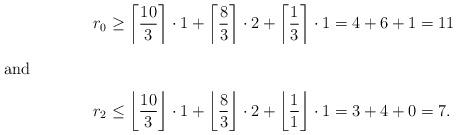
LaTeX: \begin{align*}r_0 &\ge \left\lceil\frac {10} {3}\right\rceil \cdot 1 + \left\lceil\frac {8} {3}\right\rceil \cdot 2 + \left\lceil\frac {1} {3}\right\rceil \cdot 1 = 4+6+1=11\\\intertext{and} r_2 &\le \left\lfloor\frac {10} {3}\right\rfloor \cdot 1 + \left\lfloor\frac {8} {3}\right\rfloor \cdot 2 + \left\lfloor\frac {1} {1}\right\rfloor \cdot 1 = 3 + 4 + 0 = 7.\end{align*}